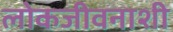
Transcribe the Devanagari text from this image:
लोकजीवनाशी